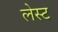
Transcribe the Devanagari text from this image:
लेस्ट